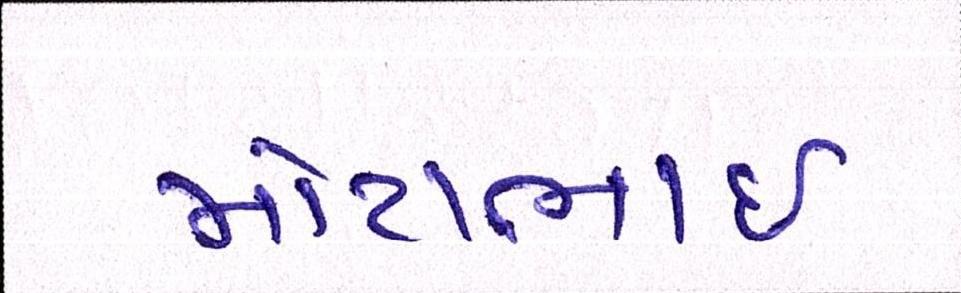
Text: મોટાભાઈ